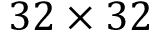
3 2 \times 3 2